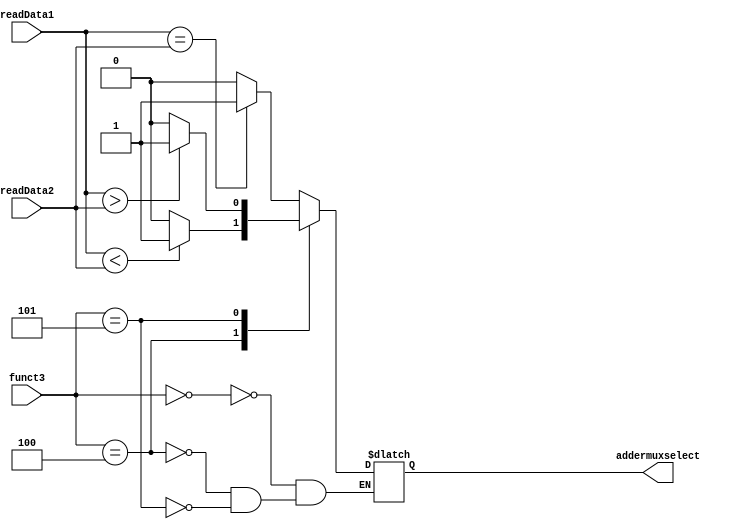
`timescale 1ns / 1ps

module branching_module
  (
   input [2:0] funct3,
    input [63:0] readData1,
    input [63:0] readData2,
   output reg addermuxselect
  );
  
  initial
    begin
      addermuxselect = 1'b0;
    end
  
  always @(*)
	begin
      case (funct3)   // beq
        3'b000:
          begin
            if (readData1 == readData2)
              addermuxselect = 1'b1;
            else
              addermuxselect = 1'b0;
            end
         3'b100:  //blt
    		begin
              if (readData1 < readData2)
              addermuxselect = 1'b1;
            else
              addermuxselect = 1'b0;
            end
        3'b101:   //bgt
          begin
            if (readData1 > readData2)
          	addermuxselect = 1'b1;
           else
              addermuxselect = 1'b0;
          end    
      endcase
     end
endmodule